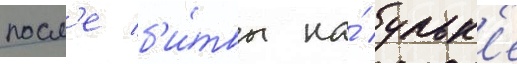
посл'е б'и́твы на́ ульк'е